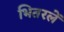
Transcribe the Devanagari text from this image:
भितरलें